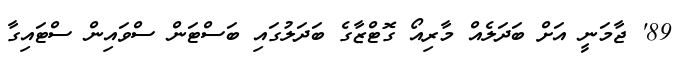
89' ޖާމަނީ އަށް ބަދަލެއް މާރިއޯ ގޮޓްޒާގެ ބަދަލުގައި ބަސްޓަން ސްވައިން ސްޓައިގާ